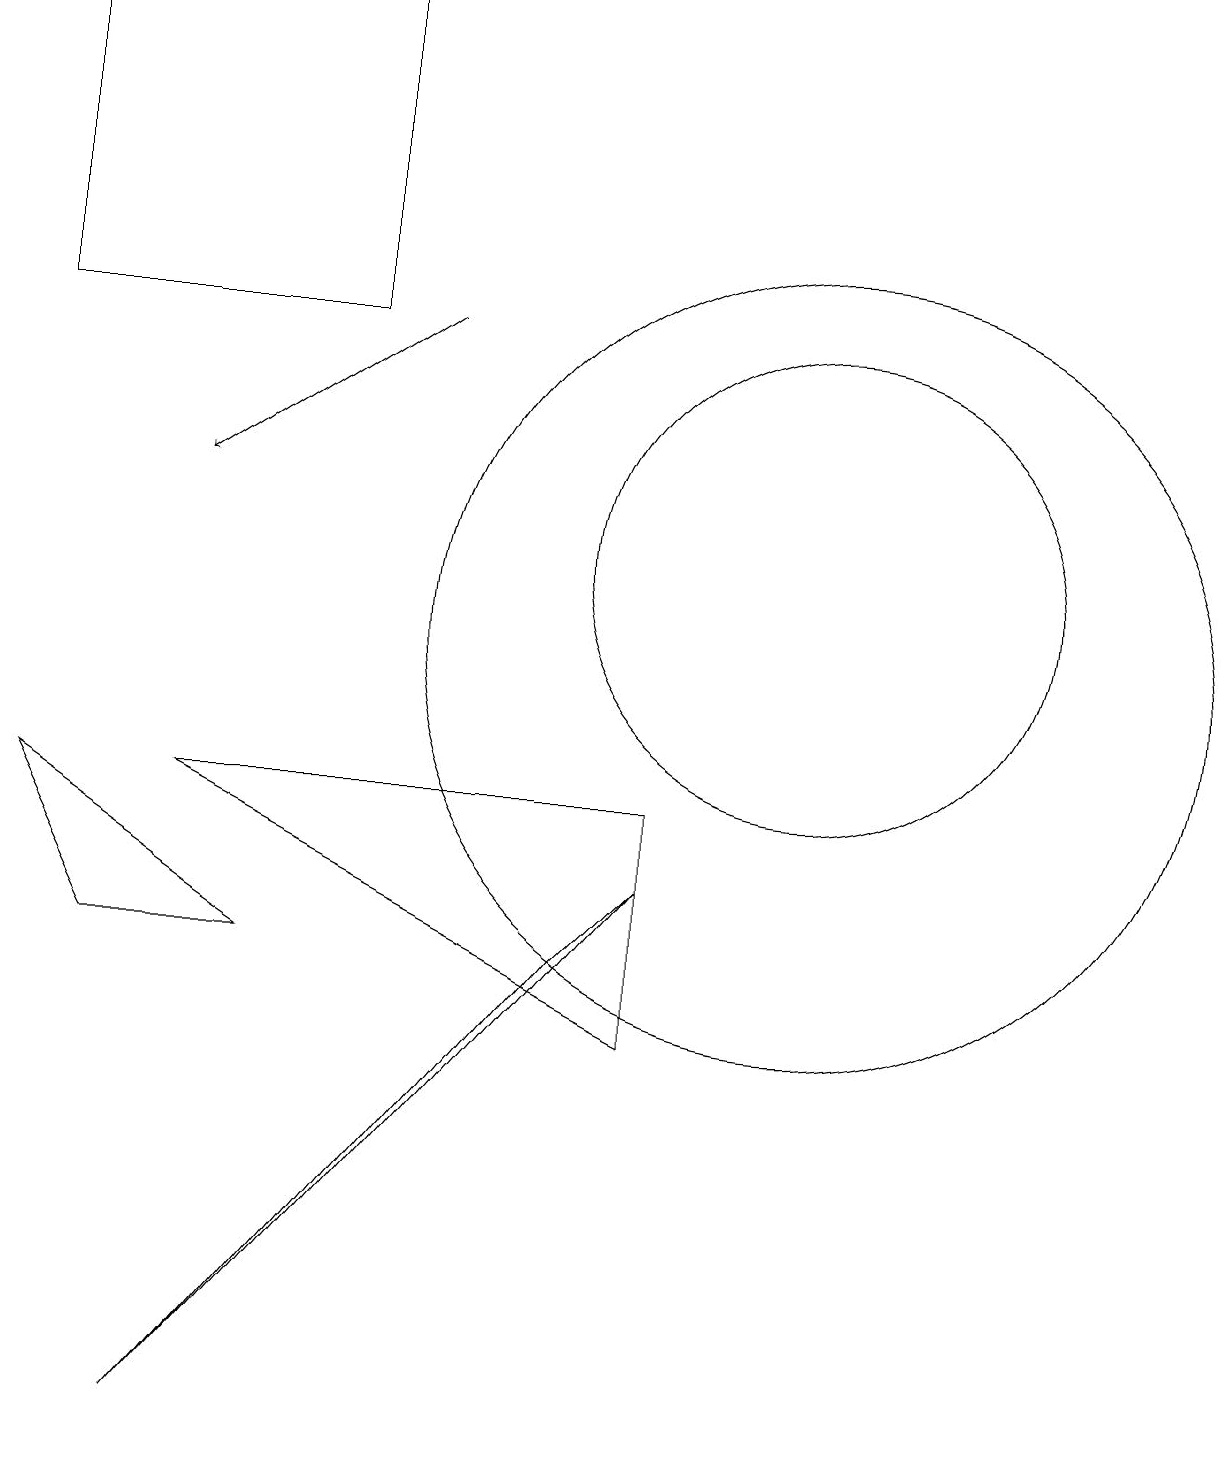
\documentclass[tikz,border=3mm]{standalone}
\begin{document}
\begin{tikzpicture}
\draw (5,15) rectangle (1,19);
\draw (9,6) -- (9,9) -- (3,9) -- cycle;
\draw (11,11) circle (5);
\draw (4,7) -- (2,7) -- (1,9) -- cycle;
\draw (11,12) circle (3);
\draw[->] (6,15) -- (3,13);
\draw (9,8) -- (8,7) -- (3,1) -- cycle;
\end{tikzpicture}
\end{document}